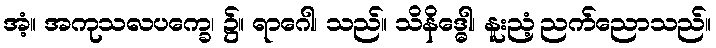
အံ့။ အကုသလပက္ခေ၊ ၌။ ရာဂေါ၊ သည်။ သိနိဒ္ဓေါ၊ နူးညံ့ညက်ညောသည်။